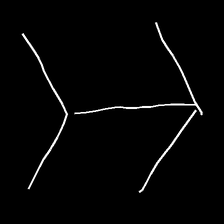
Glyph: gather